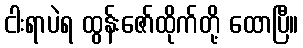
ငါးရာပဲရ ထွန်းဇော်ထိုက်တို့ ထောပြီ။